Report on the working of the Ranchi Indian Mental Hospital, Kanke, in Bihar and Orissa - 1930-1940
Year: 1930
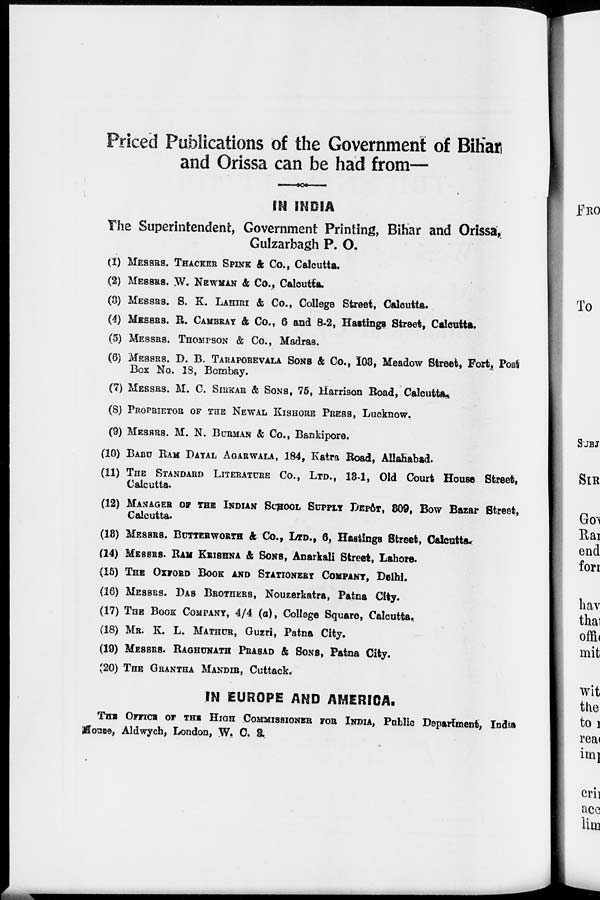
Priced Publications of the Government of Bihar
and Orissa can be had from—
IN INDIA
The Superintendent, Government Printing, Bihar and Orissa,
Gulzarbagh P. O.
(1) MESSRS. THACKER SPINK & Co., Calcutta.
(2) MESSRS. W. NEWMAN & Co., Calcutta.
(3) MESSRS. S. K. LAHIRI & Co., College Street, Calcutta.
(4) MESSRS. R. CAMBRAY & Co., 6 and 8-2, Hastings Street, Calcutta.
(5) MESSRS. THOMPSON & Co., Madras.
(6) MESSRS. D. B. TARAPOREVALA SONS & Co., 103, Meadow Street, Fort, Post
Box No. 18, Bombay.
(7) MESSRS. M. C. SIRKAR & SONS, 75, Harrison Road, Calcutta.
(8) PROPRIETOR OF THE NEWAL KISHORE PRESS, Lucknow.
(9) MESSRS. M. N. BURMAN & Co., Bankipore.
(10) BABU RAM DAYAL AGARWALA, 184, Katra Road, Allahabad.
(11) THE STANDARD LITERATURE Co., LTD., 13-1, Old Court House Street,
Calcutta.
(12) MANAGER OF THE INDIAN SCHOOL SUPPLY DEPÔT, 309, Bow Bazar Street,
Calcutta.
(13) MESSRS. BUTTERWORTH & Co., LTD., 6, Hastings Street, Calcutta.
(14) MESSRS. RAM KRISHNA & SONS, Anarkali Street, Lahore.
(15) THE OXFORD BOOK AND STATIONERY COMPANY, Delhi.
(16) MESSRS. DAS BROTHERS, Nouzerkatra, Patna City.
(17) THE BOOK COMPANY, 4/4 (a), College Square, Calcutta.
(18) MR. K. L. MATHUR, Guzri, Patna City.
(19) MESSRS. RAGHUNATH PRASAD & SONS, Patna City.
(20) THE GRANTHA MANDIR, Cuttack.
IN EUROPE AND AMERICA.
THE OFFICE OF THE HIGH COMMISSIONER FOR INDIA, Public Department, India
House, Aldwych, London, W. C. 2.